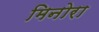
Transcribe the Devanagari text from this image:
मिनोरा